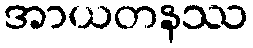
အာယတနဿ